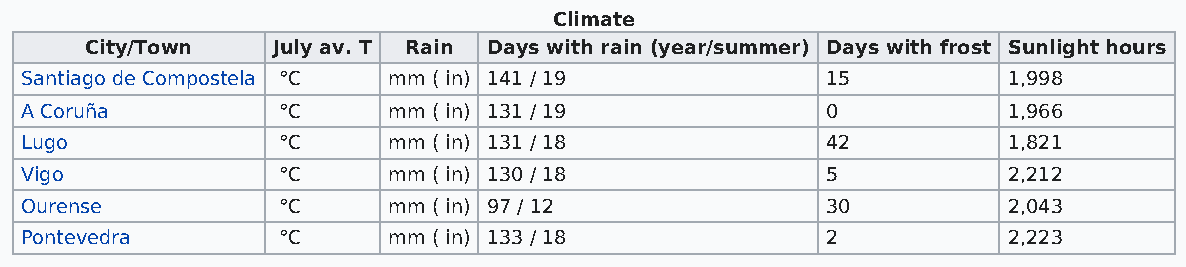
Climate
 City/Town   July av. T Rain Days with rain (year/summer) Days with frost Sunlight hours
 Santiago de Compostela °C mm ( in) 141 / 19           15          1,998
 A Coruña         °C      mm ( in) 131 / 19            0           1,966
 Lugo             °C      mm ( in) 131 / 18            42          1,821
 Vigo             °C      mm ( in) 130 / 18            5           2,212
 Ourense          °C      mm ( in) 97 / 12             30          2,043
 Pontevedra       °C      mm ( in) 133 / 18            2           2,223